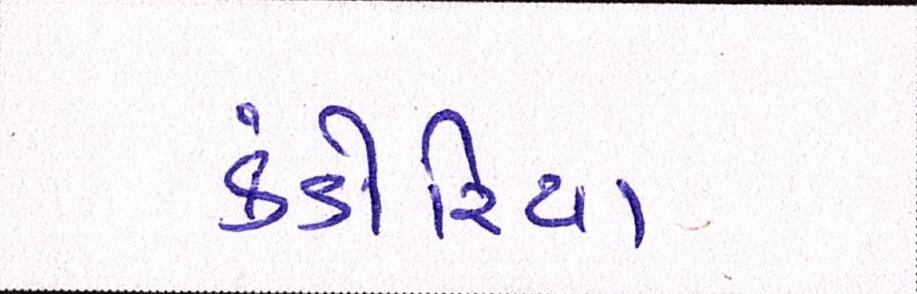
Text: કંડોરિયા